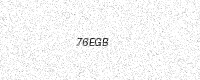
Text: 76EGB